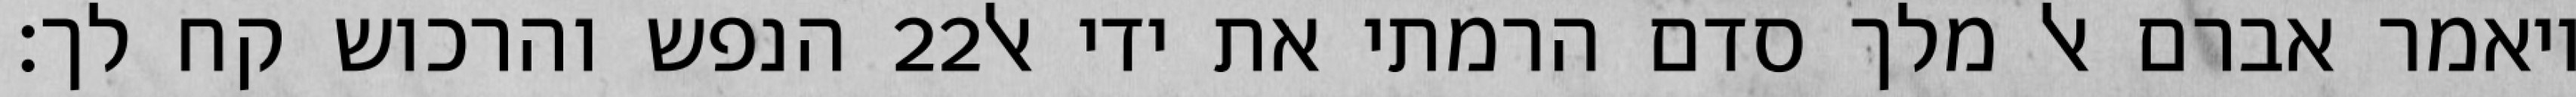
הנפש והרכוש קח לך׃ ‎22‏ ויאמר אברם אל מלך סדם הרמתי את ידי אל